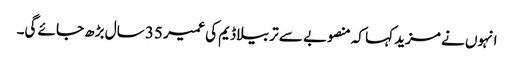
انہوں نے مزید کہا کہ منصوبے سے تربیلا ڈیم کی عمیر 35 سال بڑھ جائے گی۔